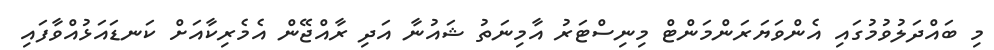
މި ބައްދަލުވުމުގައި އެންވަޔަރަންމަންޓް މިނިސްޓަރު އާމިނަތު ޝައުނާ އަދި ރާއްޖޭން އެމެރިކާއަށް ކަނޑައަޅުއްވާފައި